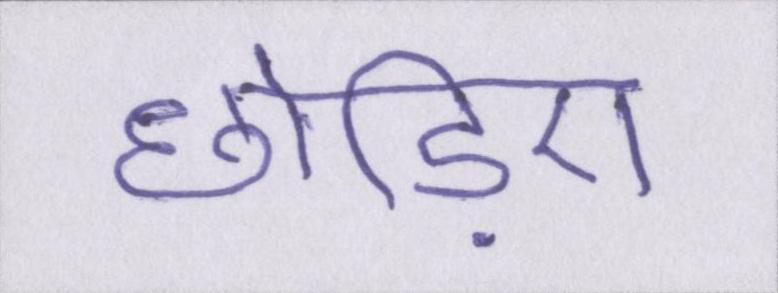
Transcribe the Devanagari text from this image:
छोड़िए